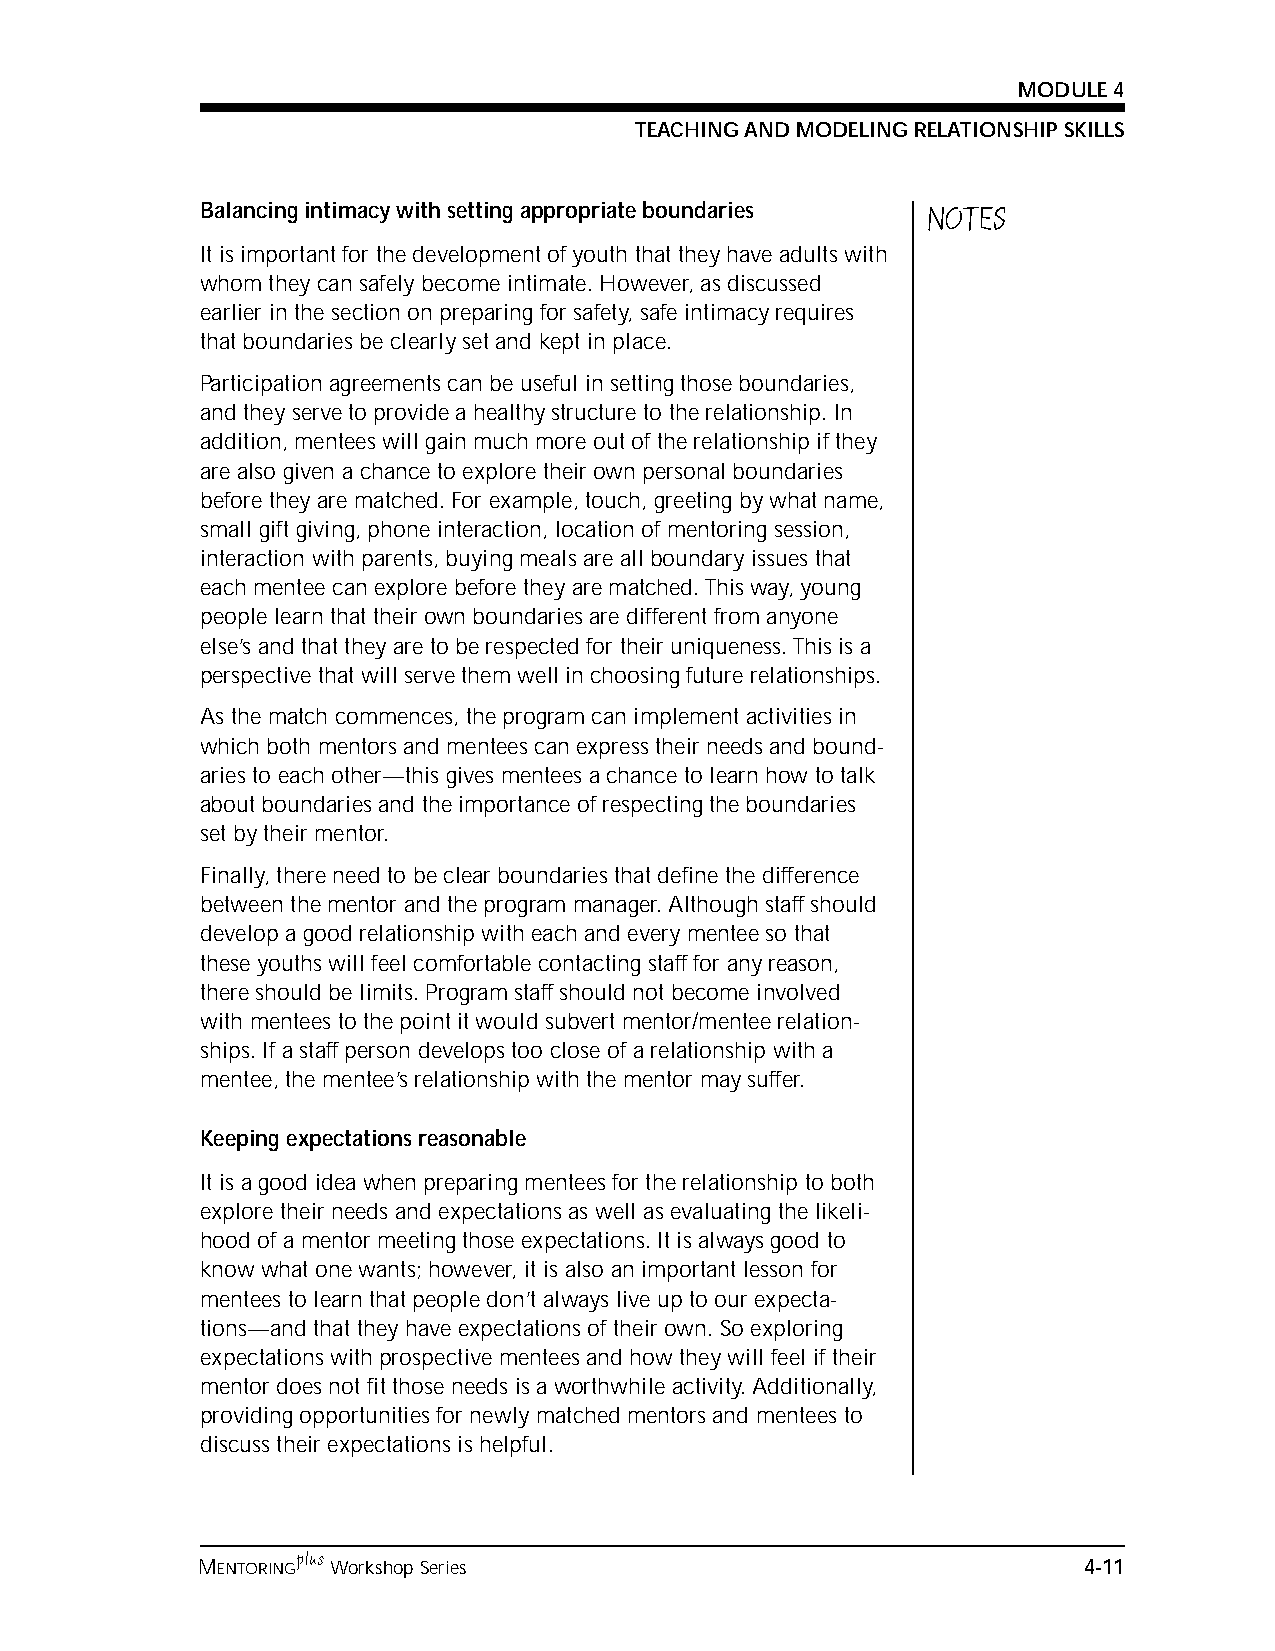
MODULE 4
 TEACHING AND MODELING RELATIONSHIP SKILLS
 Balancing intimacy with setting appropriate boundaries NOTES
 It is important for the development of youth that they have adults with
 whom they can safely become intimate. However, as discussed
 earlier in the section on preparing for safety, safe intimacy requires
 that boundaries be clearly set and kept in place.
 Participation agreements can be useful in setting those boundaries,
 and they serve to provide a healthy structure to the relationship. In
 addition, mentees will gain much more out of the relationship if they
 are also given a chance to explore their own personal boundaries
 before they are matched. For example, touch, greeting by what name,
 small gift giving, phone interaction, location of mentoring session,
 interaction with parents, buying meals are all boundary issues that
 each mentee can explore before they are matched. This way, young
 people learn that their own boundaries are different from anyone
 else’s and that they are to be respected for their uniqueness. This is a
 perspective that will serve them well in choosing future relationships.
 As the match commences, the program can implement activities in
 which both mentors and mentees can express their needs and bound-
 aries to each other—this gives mentees a chance to learn how to talk
 about boundaries and the importance of respecting the boundaries
 set by their mentor.
 Finally, there need to be clear boundaries that define the difference
 between the mentor and the program manager. Although staff should
 develop a good relationship with each and every mentee so that
 these youths will feel comfortable contacting staff for any reason,
 there should be limits. Program staff should not become involved
 with mentees to the point it would subvert mentor/mentee relation-
 ships. If a staff person develops too close of a relationship with a
 mentee, the mentee’s relationship with the mentor may suffer.
 Keeping expectations reasonable
 It is a good idea when preparing mentees for the relationship to both
 explore their needs and expectations as well as evaluating the likeli-
 hood of a mentor meeting those expectations. It is always good to
 know what one wants; however, it is also an important lesson for
 mentees to learn that people don’t always live up to our expecta-
 tions—and that they have expectations of their own. So exploring
 expectations with prospective mentees and how they will feel if their
 mentor does not fit those needs is a worthwhile activity. Additionally,
 providing opportunities for newly matched mentors and mentees to
 discuss their expectations is helpful.
 plus
 MENTORING Workshop Series                                  4-11